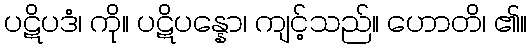
ပဋိပဒံ၊ ကို။ ပဋိပန္နော၊ ကျင့်သည်။ ဟောတိ၊ ၏။